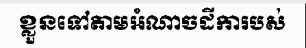
ខ្លួនទៅតាមអំណាចដីការបស់